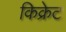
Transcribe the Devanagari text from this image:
किक्रेट